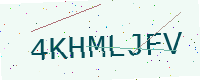
Text: 4KHMLJFV